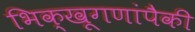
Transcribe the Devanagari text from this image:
भिक्खूगणांपैकी